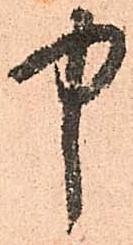
中